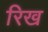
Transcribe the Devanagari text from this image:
रिख